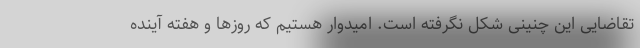
تقاضایی این چنینی شکل نگرفته است. امیدوار هستیم که روزها و هفته آینده